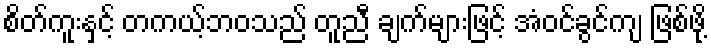
စိတ်ကူးနှင့် တကယ့်ဘဝသည် တူညီ ချက်များဖြင့် အံဝင်ခွင်ကျ ဖြစ်ဖို့